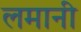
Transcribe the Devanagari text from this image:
लमानी